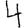
Digit: 4